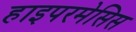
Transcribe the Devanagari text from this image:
हाइपरमेसिस